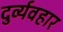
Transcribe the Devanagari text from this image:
दुर्व्‍यवहार